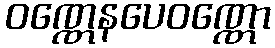
ဝဏ္ဏေနပေဝဏ္ဏော